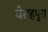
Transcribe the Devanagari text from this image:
बेराहपुरा